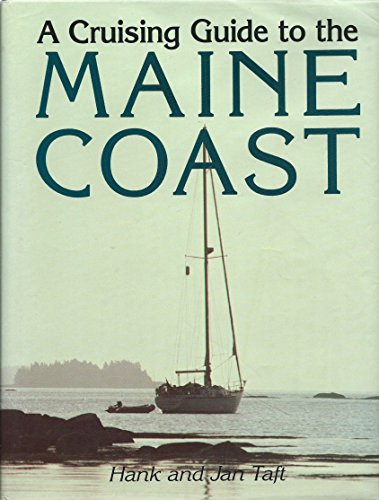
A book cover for A Cruising Guide to the Maine Coast; Hank Taft; Travel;